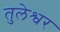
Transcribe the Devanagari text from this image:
तुलेश्वर